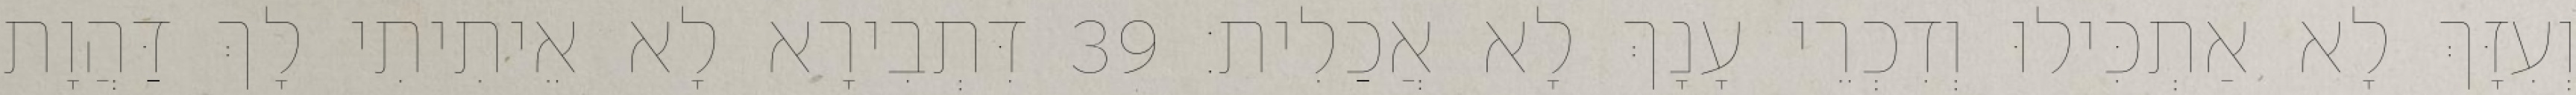
וְעִזָּךְ לָא אַתְכִּילוּ וְדִכְרֵי עָנָךְ לָא אֲכַלִית׃ 39 דִּתְבִירָא לָא אֵיתִיתִי לָךְ דַּהֲוָת